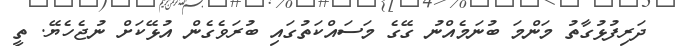
ދަރިފުޅުގާތު މަންމަ ބުނަމެއްނު ގޭގެ މަސައްކަތުގައި ބުރަވެގެން އުޅޭކަށް ނުޖެހެޔޭ. ތީ